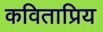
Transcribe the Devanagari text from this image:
कविताप्रिय